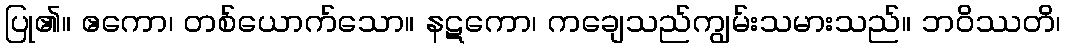
ပြု၏။ ဧကော၊ တစ်ယောက်သော။ နဋကော၊ ကချေသည်ကျွမ်းသမားသည်။ ဘဝိဿတိ၊